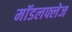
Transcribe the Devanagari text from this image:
मॉडलफ्लेज